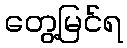
တွေ့မြင်ရ